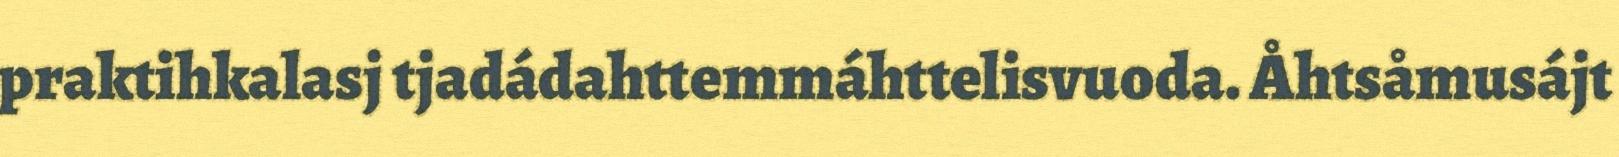
praktihkalasj tjadádahttemmáhttelisvuoda. Åhtsåmusájt